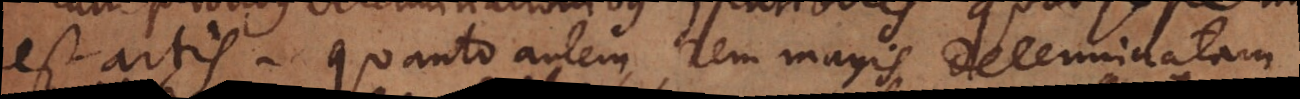
est artis. Quanto autem rem magis determinatam